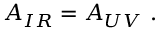
{ \cal A } _ { I R } = { \cal A } _ { U V } \ .